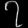
Digit: ၇